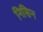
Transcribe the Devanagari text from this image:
निसिन